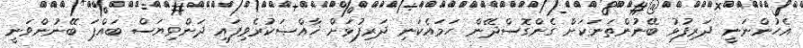
އެހުންނަނީ ދަރިފުޅު ބޭނުންތަނަކަށް ގެންގޮސްދޭން ހަމައެކަނި ދަރިފުޅަށް ޚާއްޞަކުރެވިފައި ދަންވިޔަސް ބައްޕަ ބޭނުންވަނީ